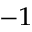
^ { - 1 }